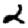
Digit: 2